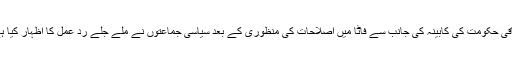
وفاقی حکومت کی کابینہ کی جانب سے فاٹا میں اصلاحات کی منظوری کے بعد سیاسی جماعتوں نے ملے جلے رد عمل کا اظہار کیا ہے۔